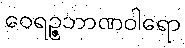
ဝေရဉ္ဇဘာဏဝါရော